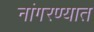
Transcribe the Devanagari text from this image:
नांगरण्यात